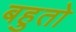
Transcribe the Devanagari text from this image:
बहुतो